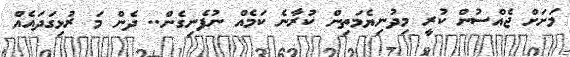
މަށަށް ޖެއްސުން ކުރީ މިދުނިޔެމަތިން ކުރާނެ ކަމެއް ނުފެނިގެން.. ދެން މަ ރުޅިގަދައެއް